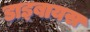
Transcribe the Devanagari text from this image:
डाइबायस